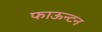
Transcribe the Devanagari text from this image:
फाऊन्टन